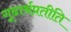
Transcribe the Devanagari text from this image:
गूढार्थप्रतीति